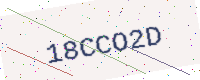
Text: 18CCO2D